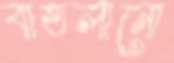
বাতলানো